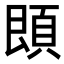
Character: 䫀